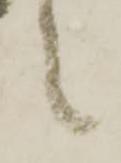
々